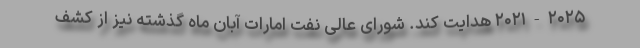
۲۰۲۱-۲۰۲۵ هدایت کند. شورای عالی نفت امارات آبان ماه گذشته نیز از کشف